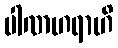
ပါဏဟရာဟိ